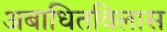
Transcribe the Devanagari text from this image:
अबाधितविलास